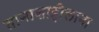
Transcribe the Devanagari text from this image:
तानाशाहीलाना